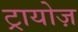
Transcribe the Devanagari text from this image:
ट्रायोज़